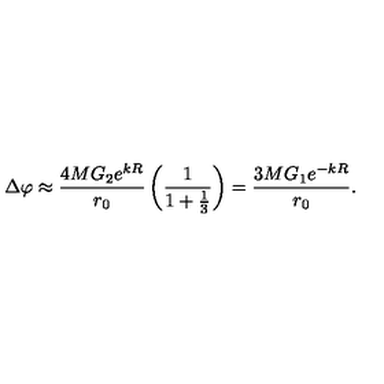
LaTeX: \Delta \varphi \approx \frac { 4 M G _ { 2 } e ^ { k R } } { r _ { 0 } } \left( \frac { 1 } { 1 + \frac { 1 } { 3 } } \right) = \frac { 3 M G _ { 1 } e ^ { - k R } } { r _ { 0 } } .